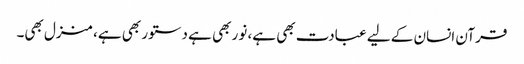
قرآن انسان کے لیے عبادت بھی ہے، نور بھی ہے دستور بھی ہے، منزل بھی۔